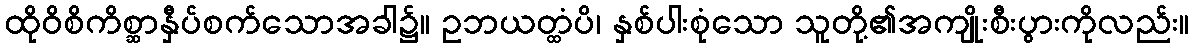
ထိုဝိစိကိစ္ဆာနှီပ်စက်သောအခါ၌။ ဥဘယတ္ထံပိ၊ နှစ်ပါးစုံသော သူတို့၏အကျိုးစီးပွားကိုလည်း။